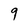
Character: 9